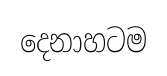
දෙනාහටම